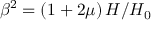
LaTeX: \beta ^ { 2 } = \left( 1 + 2 \mu \right) H / H _ { 0 } \;